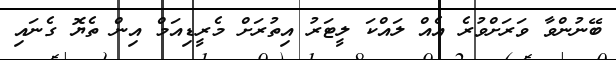
ބޭނުންވާ ވަރަށްވުރެ އެއް ލައްކަ ލީޓަރު އިތުރަށް މެރީޑިއަމް އިން ތެޔޮ ގެނައި